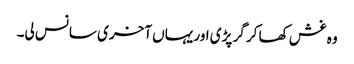
وہ غش کھا کر گر پڑی اور یہاں آخری سانس لی۔